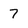
Character: 7